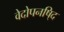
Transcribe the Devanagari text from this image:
वेदोपनषि्द